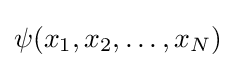
\psi (x_{1},x_{2},\dots ,x_{N})